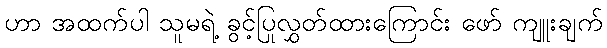
ဟာ အထက်ပါ သူမရဲ့ ခွင့်ပြုလွှတ်ထားကြောင်း ဖော် ကျူးချက်